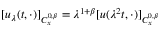
[ u _ { \lambda } ( t , \cdot ) ] _ { C _ { x } ^ { 0 , \beta } } = \lambda ^ { 1 + \beta } [ u ( \lambda ^ { 2 } t , \cdot ) ] _ { C _ { x } ^ { 0 , \beta } }